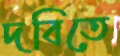
দবিতে